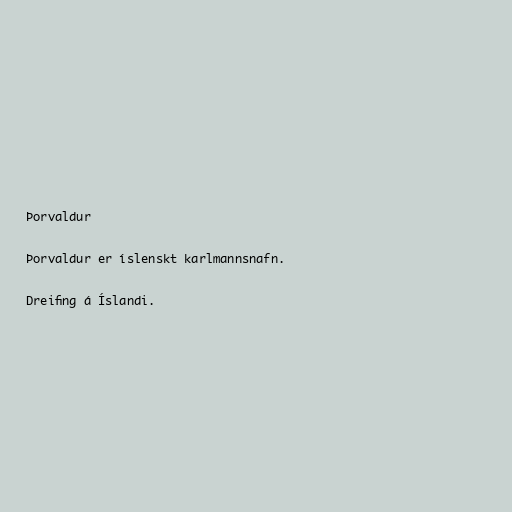
Þorvaldur

Þorvaldur er íslenskt karlmannsnafn.

Dreifing á Íslandi.